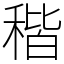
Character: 稭